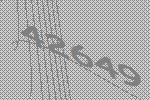
42649